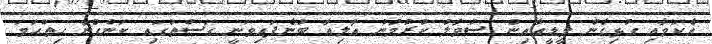
އެކަމާއި ގުޅިގެން މީޑީއާއިން ސުވާލު ކުރުމުން އާލިއާ ބުނެފައިވަނީ ގަސްތުގައި ކަންގްނާ ހިތްހަމަ